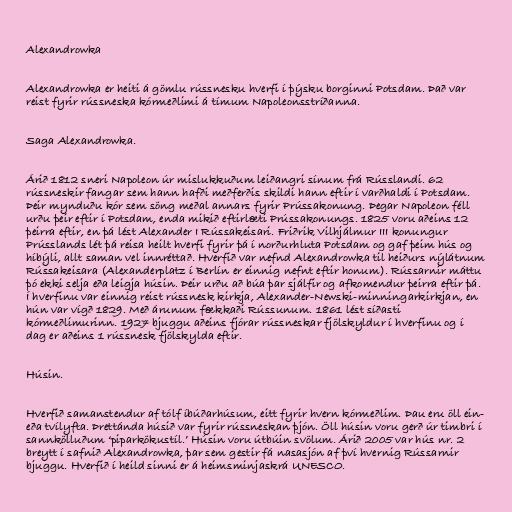
Alexandrowka

Alexandrowka er heiti á gömlu rússnesku hverfi í þýsku borginni Potsdam. Það var
reist fyrir rússneska kórmeðlimi á tímum Napoleonsstríðanna.

Saga Alexandrowka.

Árið 1812 sneri Napoleon úr mislukkuðum leiðangri sínum frá Rússlandi. 62
rússneskir fangar sem hann hafði meðferðis skildi hann eftir í varðhaldi í Potsdam.
Þeir mynduðu kór sem söng meðal annars fyrir Prússakonung. Þegar Napoleon féll
urðu þeir eftir í Potsdam, enda mikið eftirlæti Prússakonungs. 1825 voru aðeins 12
þeirra eftir, en þá lést Alexander I Rússakeisari. Friðrik Vilhjálmur III konungur
Prússlands lét þá reisa heilt hverfi fyrir þá í norðurhluta Potsdam og gaf þeim hús og
híbýli, allt saman vel innréttað. Hverfið var nefnd Alexandrowka til heiðurs nýlátnum
Rússakeisara (Alexanderplatz í Berlín er einnig nefnt eftir honum). Rússarnir máttu
þó ekki selja eða leigja húsin. Þeir urðu að búa þar sjálfir og afkomendur þeirra eftir þá.
Í hverfinu var einnig reist rússnesk kirkja, Alexander-Newski-minningarkirkjan, en
hún var vígð 1829. Með árunum fækkaði Rússunum. 1861 lést síðasti
kórmeðlimurinn. 1927 bjuggu aðeins fjórar rússneskar fjölskyldur í hverfinu og í
dag er aðeins 1 rússnesk fjölskylda eftir.

Húsin.

Hverfið samanstendur af tólf íbúðarhúsum, eitt fyrir hvern kórmeðlim. Þau eru öll ein-
eða tvílyfta. Þrettánda húsið var fyrir rússneskan þjón. Öll húsin voru gerð úr timbri í
sannkölluðum ‘piparkökustíl.’ Húsin voru útbúin svölum. Árið 2005 var hús nr. 2
breytt í safnið Alexandrowka, þar sem gestir fá nasasjón af því hvernig Rússarnir
bjuggu. Hverfið í heild sinni er á heimsminjaskrá UNESCO.